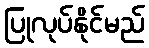
ပြုလုပ်နိုင်မည်